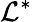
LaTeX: \mathcal{L}^{*}